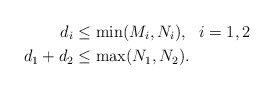
\begin{align*}d_i&\leq \min(M_i,N_i),{~~} i=1,2\\d_1+d_2&\leq \max(N_1,N_2).\end{align*}